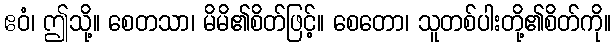
ဧဝံ၊ ဤသို့။ စေတသာ၊ မိမိ၏စိတ်ဖြင့်။ စေတော၊ သူတစ်ပါးတို့၏စိတ်ကို။